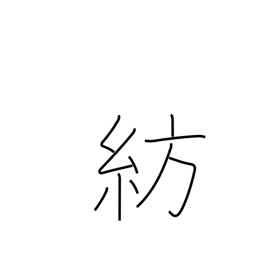
Meaning: spinning